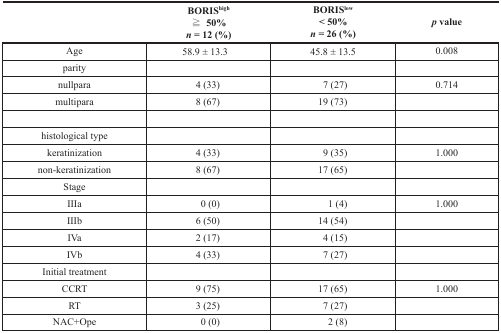
|  | BORIShigh≧ 50%n = 12 (%) | BORISlow< 50%n = 26 (%) | p value |
 | --- | --- | --- | --- |
 | Age | 58.9 ± 13.3 | 45.8 ± 13.5 | 0.008 |
 | parity |  |  |  |
 | nullpara | 4 (33) | 7 (27) | 0.714 |
 | multipara | 8 (67) | 19 (73) |  |
 | histological type |  |  |  |
 | keratinization | 4 (33) | 9 (35) | 1.000 |
 | non-keratinization | 8 (67) | 17 (65) |  |
 | Stage |  |  |  |
 | IIIa | 0 (0) | 1 (4) | 1.000 |
 | IIIb | 6 (50) | 14 (54) |  |
 | IVa | 2 (17) | 4 (15) |  |
 | IVb | 4 (33) | 7 (27) |  |
 | Initial treatment |  |  |  |
 | CCRT | 9 (75) | 17 (65) | 1.000 |
 | RT | 3 (25) | 7 (27) |  |
 | NAC+Ope | 0 (0) | 2 (8) |  |